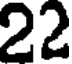
22